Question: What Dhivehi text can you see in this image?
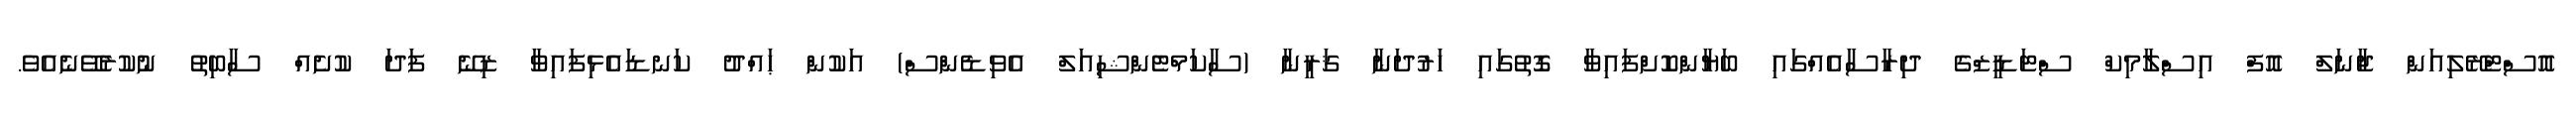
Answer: އޮސްޓްރޭލިއަން ޖާނަލް އޮފް އިސްލާމިކް ސްޓަޑީޒްގެ ދިރާސާއެއްގައި ބަޔާންކޮށްފައިވާ ގޮތުގައި ހަރުދަނާ ޤަރީނާ (ސާކަމްޓެންޝިއަލް އެވިޑެންސް) އަކުން ޙައްދު ކަނޑައެޅިފައިވާ ޒިނޭ ފަދަ ކުށެއް ސާބިތު ނުކުރެވޭނެއެވެ.